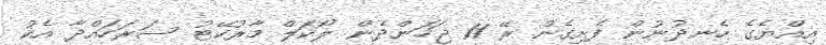
އިއްޔެގެ ހެނދުނުން ފެށިގެން ރޭ 11 ޖަހަންދެން ލޯކަލް މާރުކޭޓު ސަރަހައްދާ އެކު